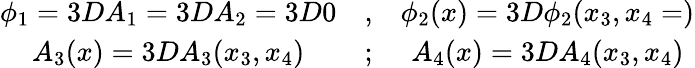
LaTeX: \begin{array}{ccc}{{\phi_{1}=3DA_{1}=3DA_{2}=3D0}}&{{,}}&{{\phi_{2}(x)=3D\phi_{2}(x_{3},x_{4}=)}}\\ {{A_{3}(x)=3DA_{3}(x_{3},x_{4})}}&{{;}}&{{A_{4}(x)=3DA_{4}(x_{3},x_{4})}}\end{array}